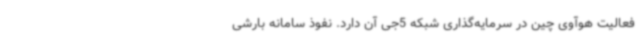
فعالیت هوآوی چین در سرمایه‌گذاری شبکه 5جی آن دارد. نفوذ سامانه بارشی